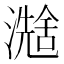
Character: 𪷮